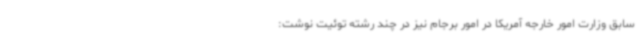
سابق وزارت امور خارجه آمریکا در امور برجام نیز در چند رشته توئیت نوشت: